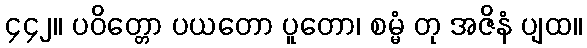
၄၄၂။ ပဝိတ္တော ပယတော ပူတော၊ စမ္မံ တု အဇိနံ ပျထ။